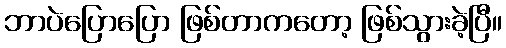
ဘာပဲပြောပြော ဖြစ်တာကတော့ ဖြစ်သွားခဲ့ပြီ။